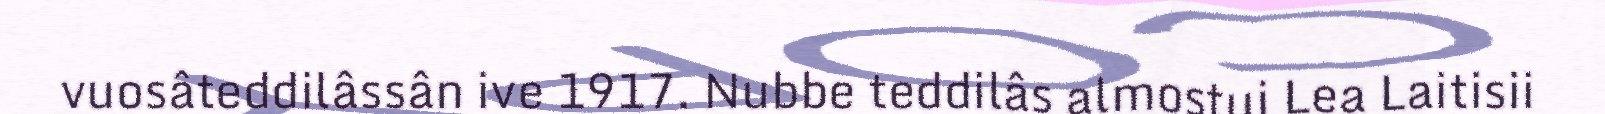
vuosâteddilâssân ive 1917. Nubbe teddilâs almostui Lea Laitisii